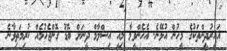
ޣައިރުދީންތަކުގެ މީހުން އުޅޭނެ. އެހެންވީމާ މިއީ އިސްލާމް ދީނަށް ބޮޑު ގޮންޖެހުމެއް ކުރިމަތިވާނެ